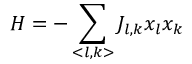
H = - \sum _ { < l , k > } J _ { l , k } x _ { l } x _ { k }